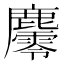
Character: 𪋪